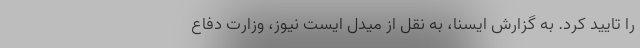
را تایید کرد. به گزارش ایسنا، به نقل از میدل ایست نیوز، وزارت دفاع